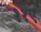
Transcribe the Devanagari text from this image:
११ए